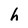
Character: h